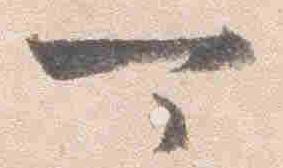
可